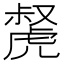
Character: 𧇝